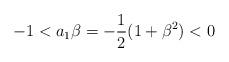
LaTeX: \begin{align*}-1 < a_1\beta = -\frac{1}{2} (1+ \beta^2) < 0\end{align*}